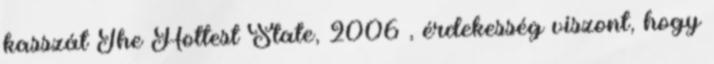
kasszát The Hottest State, 2006 , érdekesség viszont, hogy